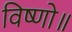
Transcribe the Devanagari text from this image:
विष्णो॥